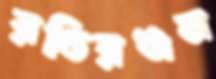
রতিরঞ্জন